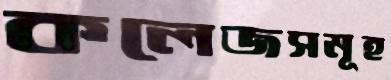
কলেজসমূহ